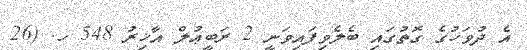
އެ ދުވަހުގެ ގޮތުގައި ބެލެވިފައިވަނީ 2 ރަބީޢުލް އާޚިރު 548 ހ. (26